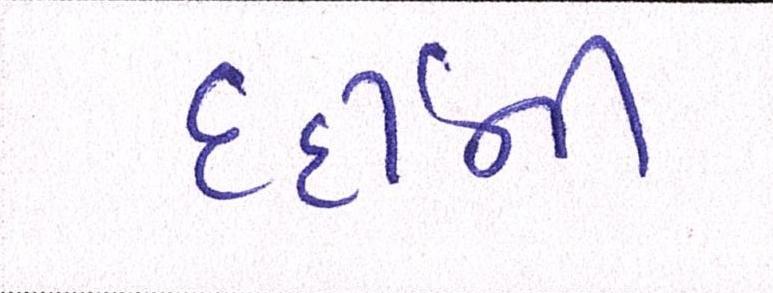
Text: દર્દીની